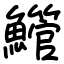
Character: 䲘